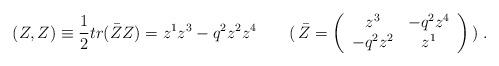
LaTeX: \begin{align*}(Z,Z) \equiv \frac{1}{2} tr( \bar{Z}Z)= z^1z^3-q^2z^2z^4 \qquad( \, \bar{Z}= \left( \begin{array}{cc} z^3 & -q^2 z^4 \\ -q^2 z^2 & z^1 \end{array} \right) \,) \;.\end{align*}